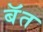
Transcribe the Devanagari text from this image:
बॅत